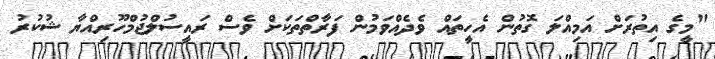
"މީގެ އިތުރަށް އަމިއްލަ ގޮތުން އެހީތައް ވެދެއްވަމުން ފަރާތްތަކަށް ވެސް ރައީސުލްޖުމްހޫރިއްޔާ ޝުކުރު